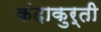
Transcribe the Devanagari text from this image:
कंदाकुर्ती